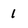
Character: 1